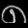
Digit: ၈